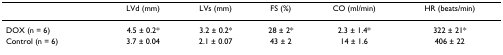
<table><thead><tr><td></td><td><b>LVd (mm)</b></td><td><b>LVs (mm)</b></td><td><b>FS (%)</b></td><td><b>CO (ml/min)</b></td><td><b>HR (beats/min)</b></td></tr></thead><tbody><tr><td>DOX (n = 6)</td><td>4.5 ± 0.2*</td><td>3.2 ± 0.2*</td><td>28 ± 2*</td><td>2.3 ± 1.4*</td><td>322 ± 21*</td></tr><tr><td>Control (n = 6)</td><td>3.7 ± 0.04</td><td>2.1 ± 0.07</td><td>43 ± 2</td><td>14 ± 1.6</td><td>406 ± 22</td></tr></tbody></table>